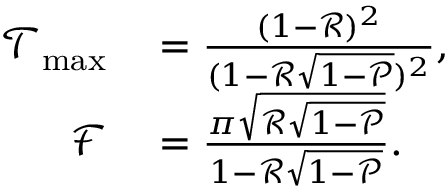
\begin{array} { r l } { \mathcal { T } _ { \mathrm { m a x } } } & { { } = \frac { ( 1 - \mathcal { R } ) ^ { 2 } } { ( 1 - \mathcal { R } \sqrt { 1 - \mathcal { P } } ) ^ { 2 } } , } \\ { \mathcal { F } } & { { } = \frac { \pi \sqrt { \mathcal { R } \sqrt { 1 - \mathcal { P } } } } { 1 - \mathcal { R } \sqrt { 1 - \mathcal { P } } } . } \end{array}